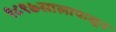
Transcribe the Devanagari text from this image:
१८९७सालापासून